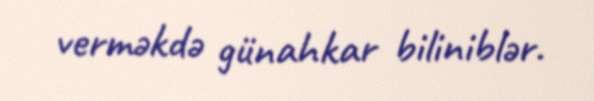
verməkdə günahkar biliniblər.